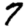
Digit: 7